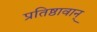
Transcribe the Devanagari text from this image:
प्रतिष्ठावान्